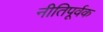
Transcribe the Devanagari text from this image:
नीतिपूर्वक